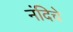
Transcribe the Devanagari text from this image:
नंदिचे